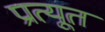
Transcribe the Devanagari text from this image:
प्रत्यूत